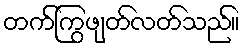
တက်ကြွဖျတ်လတ်သည်။